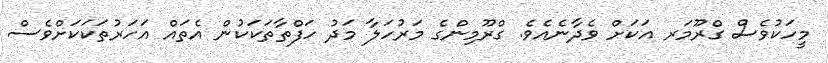
މީހަކުވެސް ގްރޫމަރ އަކަށް ވެދާނެއެވެ. ގްރޫމިންގެެ މަރުހަލާ މަދު ހަފްތާތަކަކުން އެތައް އަހަރުތަކަކަށްވެސް